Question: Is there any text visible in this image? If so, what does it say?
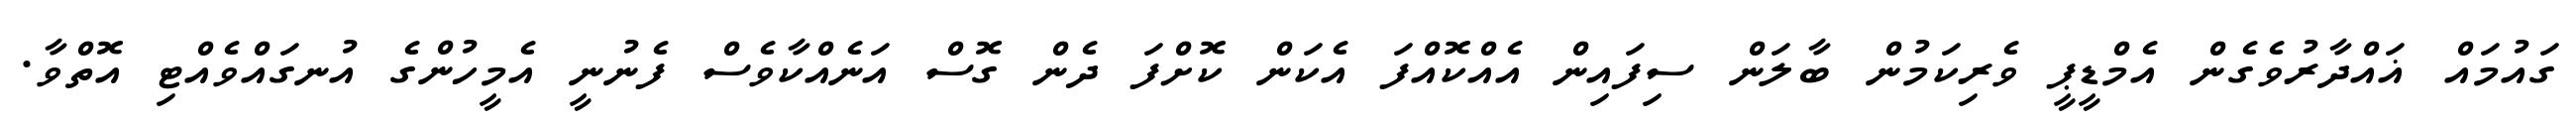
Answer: ގައުމައް ޣައްދާރުވެގެން އެމްޑީޕީ ވެރިކަމުން ބާލަން ސިފައިން އެއްކޮއްފަ އެކަން ކޮށްފަ ދެން ގޮސް އަނެއްކާވެސް ފެނުނީ އެމީހުންގެ އުނގައްވެއްޓި އޮތްވާ.